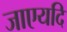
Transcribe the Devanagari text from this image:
जाएयदि